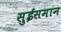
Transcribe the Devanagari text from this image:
सुईसमान